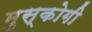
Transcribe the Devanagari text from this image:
मुस्कोगी